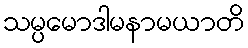
သမ္ပမောဒါမနာမယာတိ